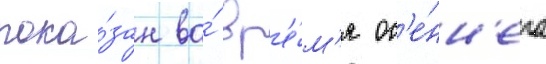
пока́зан во́ вр'е́м'я ос'е́нн'его